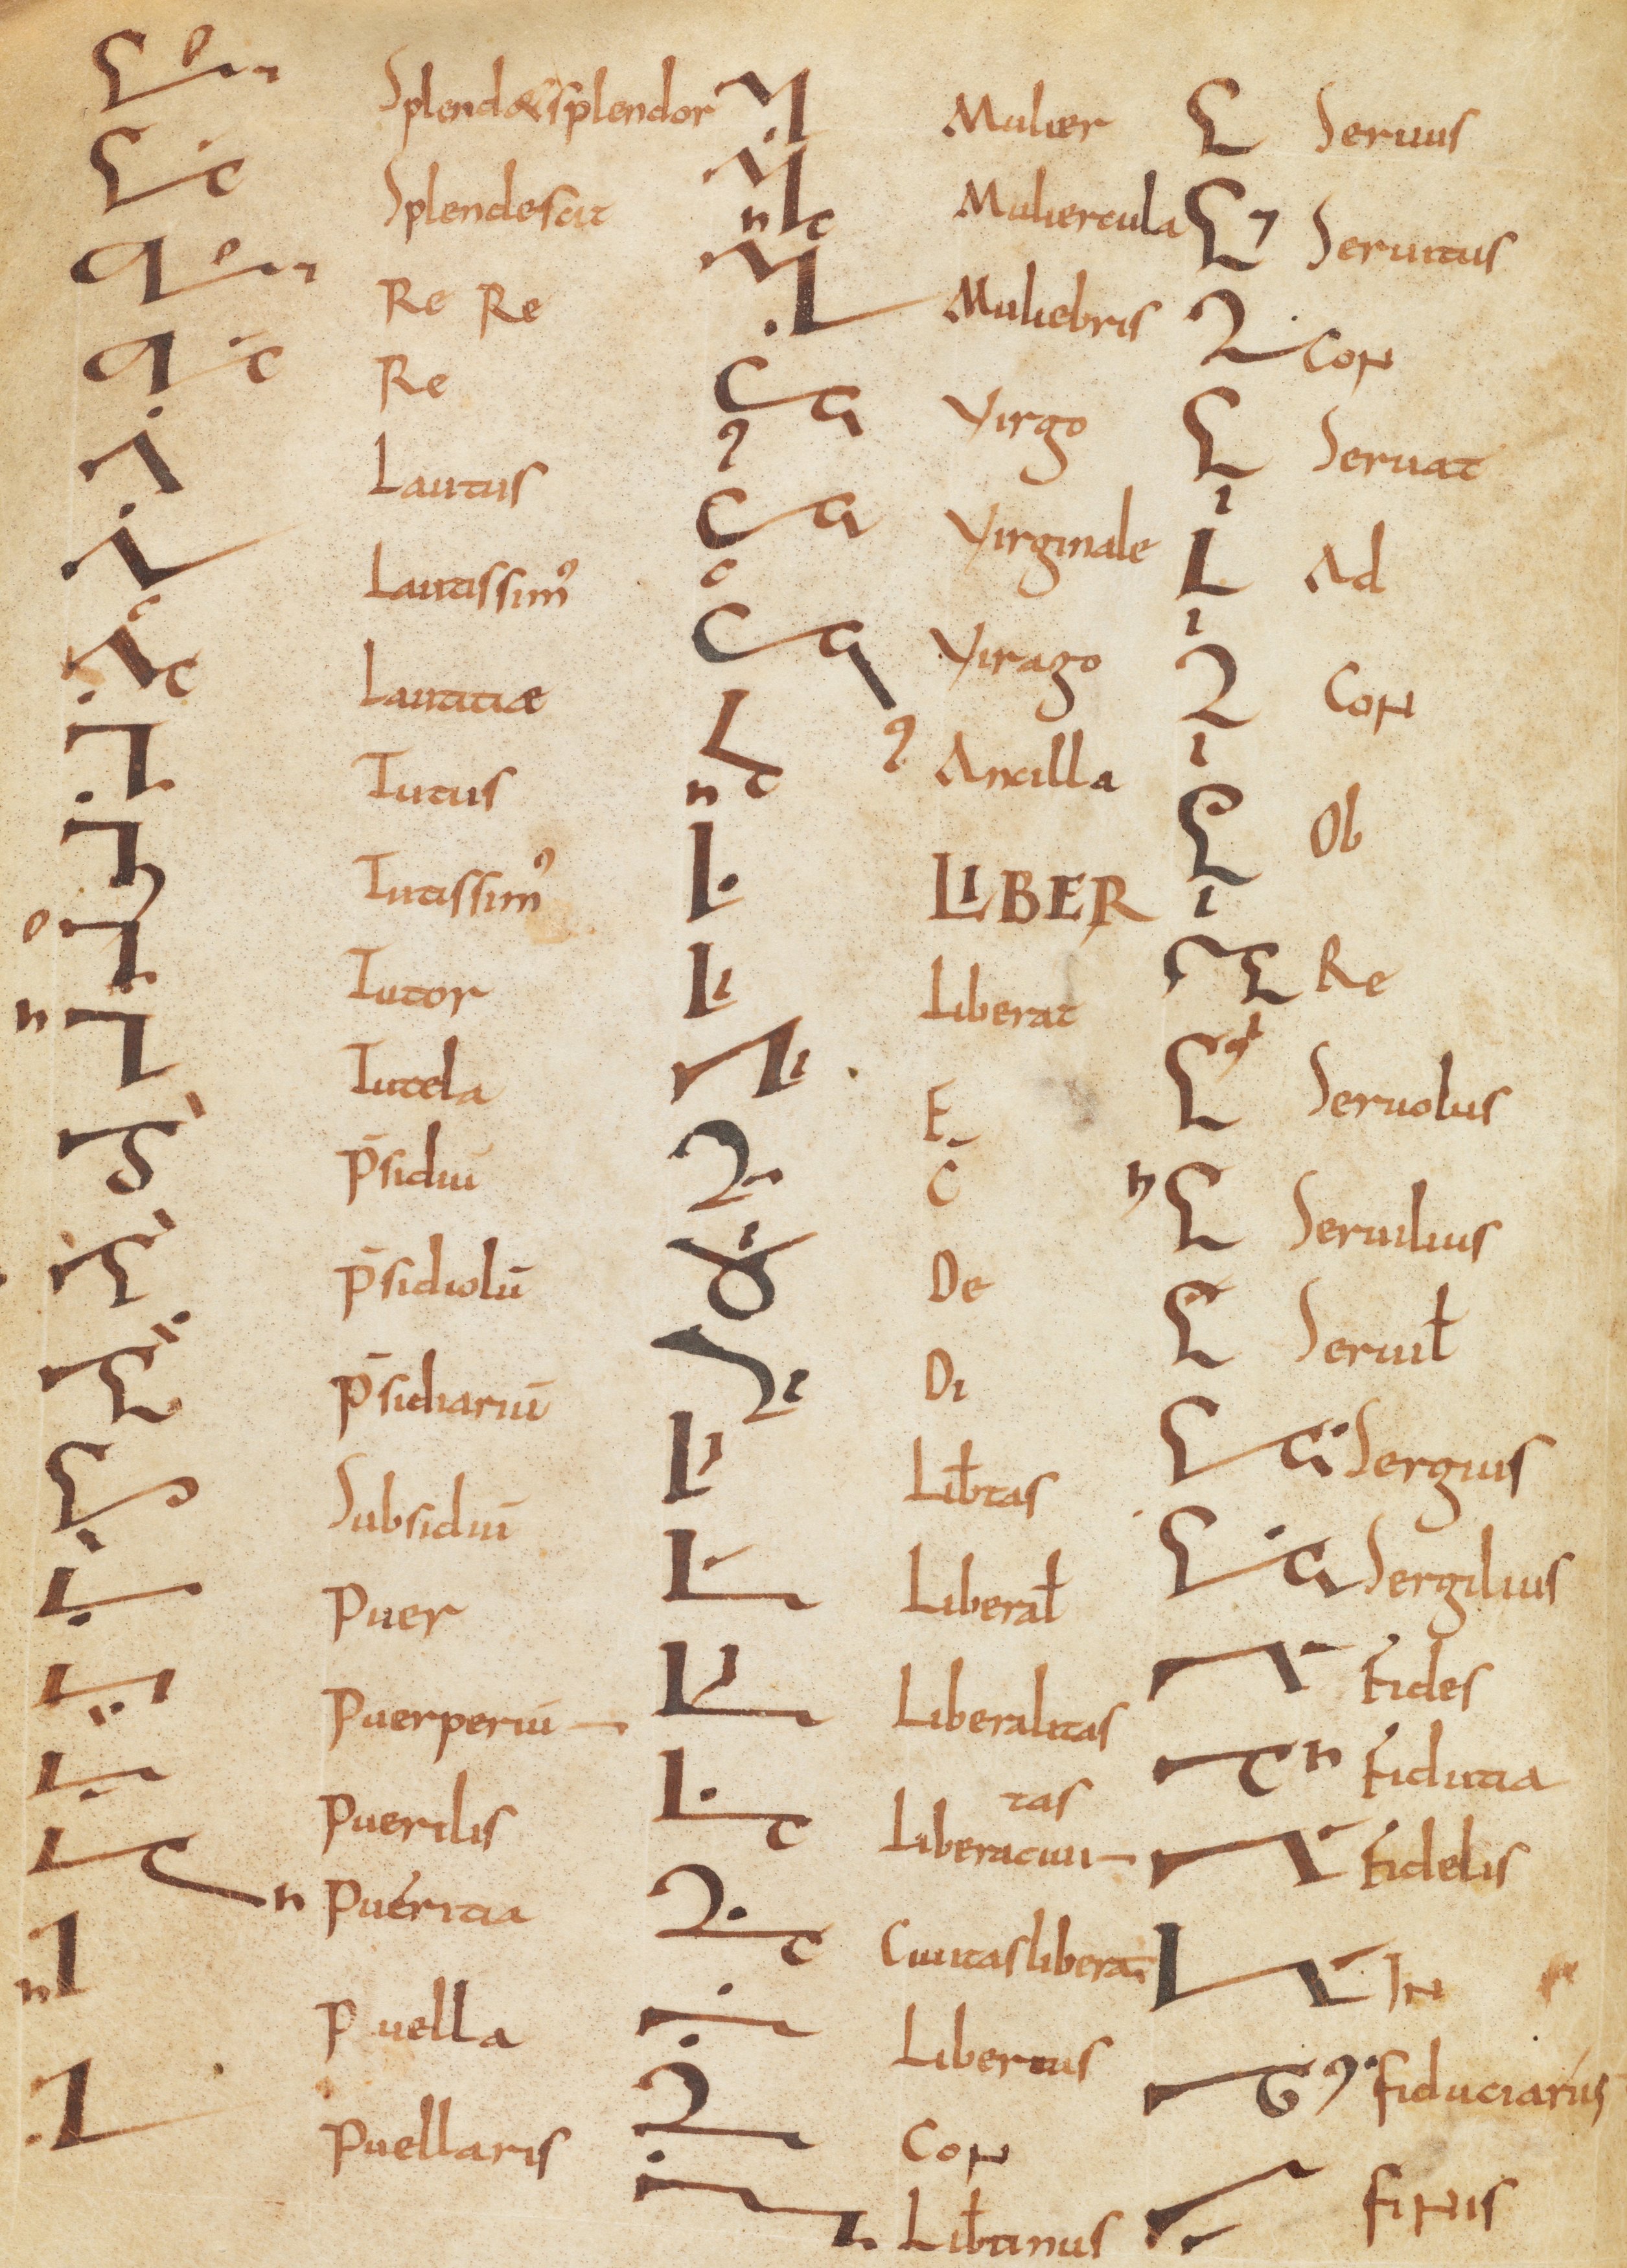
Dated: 800–899